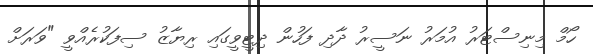
ހޯމް މިނިސްޓަރު އުމަރު ނަސީރު ދާދި ފަހުން ދިޓީވީގައި ރިޔާޒު ސިފަކުރެއްވީ "ވަރަށް